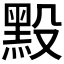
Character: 𪐮